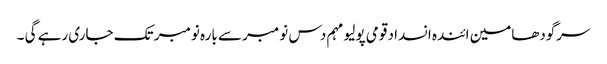
سرگودھامین ائندہ انسداد قومی پولیو مہم دس نومبر سے بارہ نومبر تک جاری رہے گی ۔